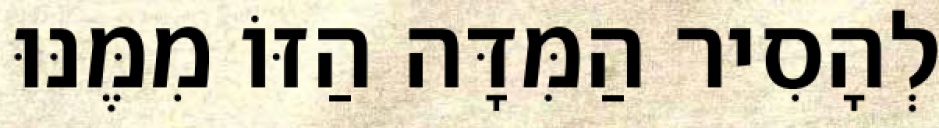
לְהָסִיר הַמִּדָּה הַזּוֹ מִמֶּנּוּ